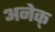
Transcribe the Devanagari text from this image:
अनेक्